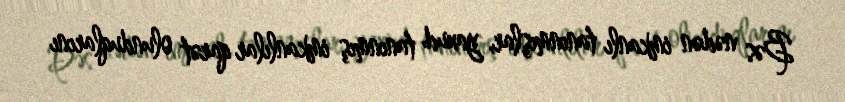
Bəs nədən imkanlı tanınmışlar, yaxud tanınmış imkanlılar qarət olunduqlarını